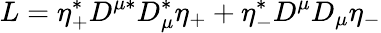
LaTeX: L=\eta_{+}^{*}D^{\mu*}D_{\mu}^{*}\eta_{+}+\eta_{-}^{*}D^{\mu}D_{\mu}\eta_{-}